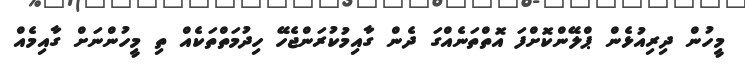
މީހުން ދިރިއުޅެން ޕްލޭންކޮށްފަ އޮތްތަނެއްގަ ދެން ގާއިމުކުރަންޖެހޭ ހިދުމަތްތަކެއް ތި މީހުންނަށް ގާއިމެއް